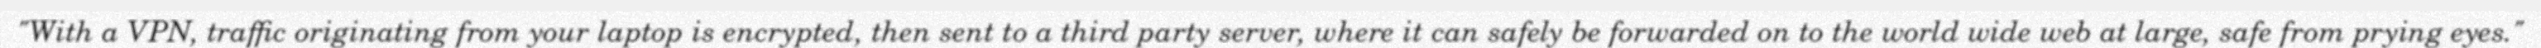
"With a VPN, traffic originating from your laptop is encrypted, then sent to a third party server, where it can safely be forwarded on to the world wide web at large, safe from prying eyes."